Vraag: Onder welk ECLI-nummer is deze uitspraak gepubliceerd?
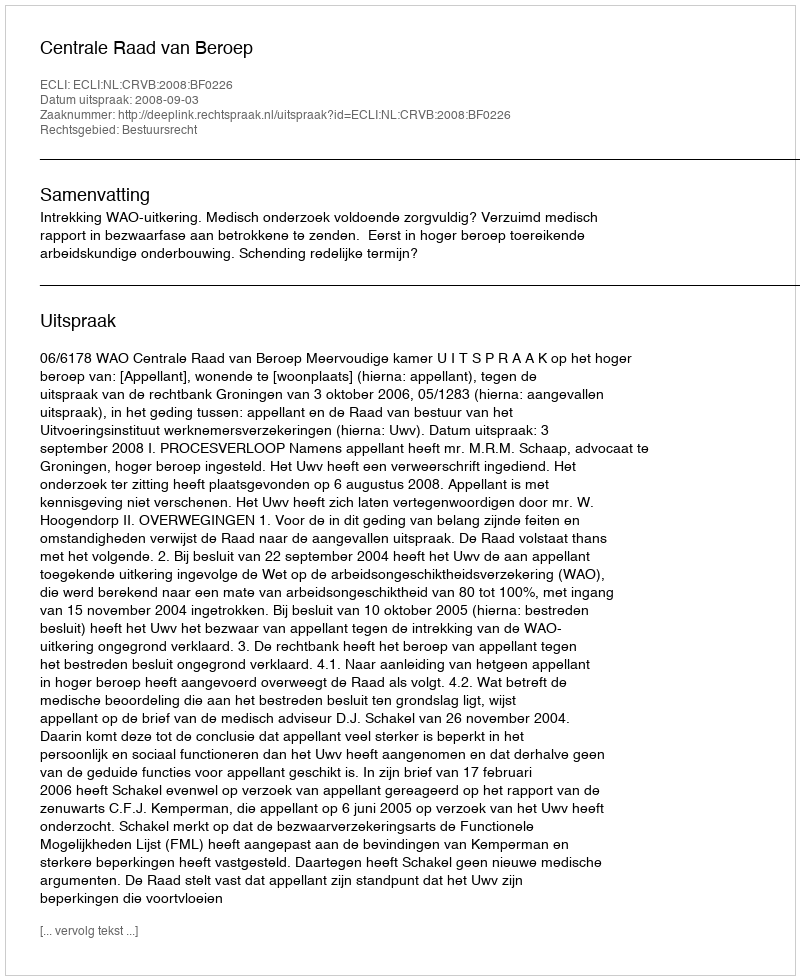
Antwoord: ECLI:NL:CRVB:2008:BF0226